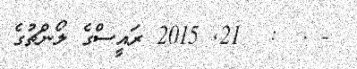
- .  :  21